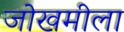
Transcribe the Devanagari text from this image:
जोखमीला